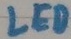
Text: LED